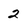
Character: 2